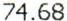
74.68